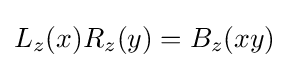
L_{z}(x)R_{z}(y)=B_{z}(xy)